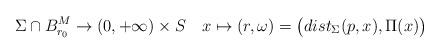
LaTeX: \begin{align*} \Sigma\cap B^M_{r_0} \to (0,+\infty)\times S\ \ \ x \mapsto (r,\omega)={\big(}dist_{\Sigma}(p, x), \Pi(x) {\big)} \end{align*}